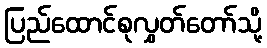
ပြည်ထောင်စုလွှတ်တော်သို့